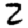
Digit: 2